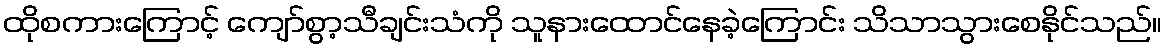
ထိုစကားကြောင့် ကျော်စွာ့သီချင်းသံကို သူနားထောင်နေခဲ့ကြောင်း သိသာသွားစေနိုင်သည်။